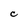
Character: C